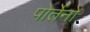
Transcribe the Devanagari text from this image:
पोर्तेनो